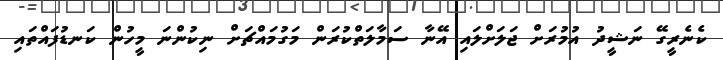
ކެނެރީގޭ ނަޝީދު އުމުރަށް ޖަލަށްލައި އޭނާ ސަމާލަތްކުރަން މަގުމައްޗަށް ނިކުންނަ މީހުން ކަނޑުފައްތައި